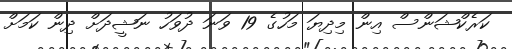
ކަރެކްޝަންސް އިން މިދިޔަ މަހުގެ 19 ވަނަ ދުވަހު ނަޝީދަށް ދިން ކަމަށް